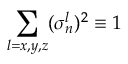
\sum _ { l = x , y , z } ( \sigma _ { n } ^ { l } ) ^ { 2 } \equiv 1